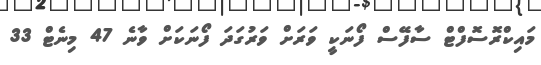
މައިކްރޮސޮފްޓް ސާފޭސް ފޯނަކީ ވަރަށް ވަރުގަދަ ފޯނަކަށް ވާނެ 47 މިނެޓް 33